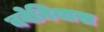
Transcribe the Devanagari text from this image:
बवेनियास